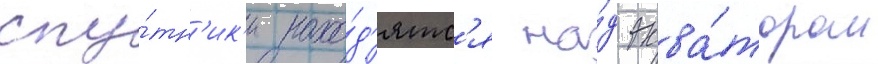
спу́тн'ик'и нахо́д'ятс'я на́д эква́тором